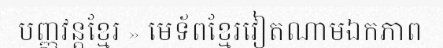
បញ្ញវន្តខ្មែរ » មេទ័ពខ្មែរវៀតណាមឯកភាព